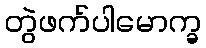
တွဲဖက်ပါမောက္ခ